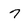
Character: 7